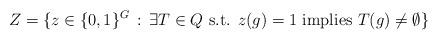
LaTeX: \begin{align*} Z = \{z \in \{0,1\}^G\,:\,\exists T \in Q\mbox{ s.t. } z(g)=1 \mbox{ implies } T(g)\neq\emptyset\} \end{align*}